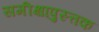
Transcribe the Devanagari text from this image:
समीक्षापुस्त्तक